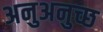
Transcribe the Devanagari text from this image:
अनुअनुच्छ